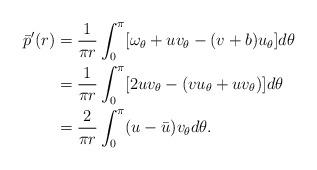
LaTeX: \begin{align*}\begin{aligned}\bar{p}'(r)&=\frac{1}{\pi r}\int_{0}^{\pi}[\omega_{\theta}+uv_{\theta}-(v+b)u_{\theta}]d\theta\\&=\frac{1}{\pi r}\int_{0}^{\pi}[2uv_{\theta}-(vu_{\theta}+uv_{\theta})]d\theta\\&=\frac{2}{\pi r}\int_{0}^{\pi}(u-\bar{u})v_{\theta}d\theta.\end{aligned}\end{align*}